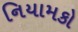
નિયામકો